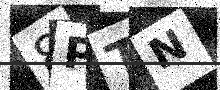
Text: 8PTN